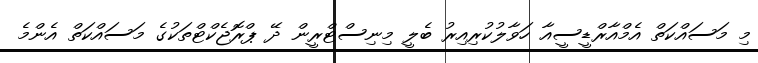
މި މަސައްކަތް އެމްއާރްޑީސީއާ ހަވާލުކުރިއިރު ބެލީ މިނިސްޓްރީން ދޭ ޕްރޮޖެކްޓްތަކުގެ މަސައްކަތް އެންމެ